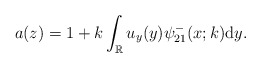
\begin{align*}a(z)=1+k \int_{\mathbb{R}} u_y(y) \psi^-_{21}(x;k) \mathrm{d}y.\end{align*}